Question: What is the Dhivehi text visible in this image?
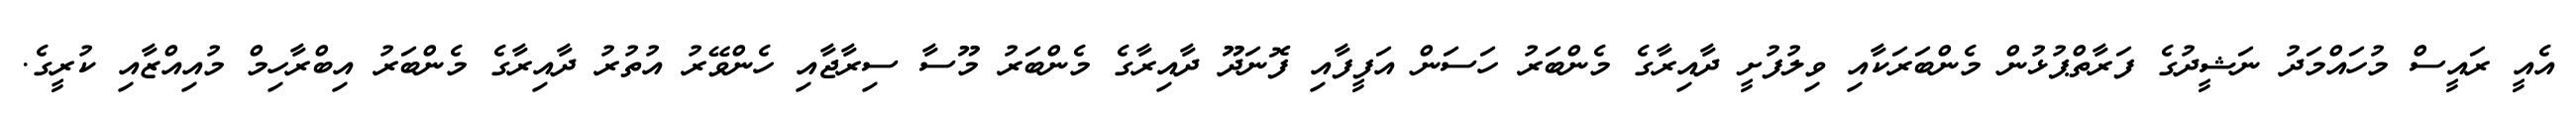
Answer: އެއީ ރައީސް މުހައްމަދު ނަޝީދުގެ ފަރާތްޕުޅުން މެންބަރަކާއި ވިލުފުށީ ދާއިރާގެ މެންބަރު ހަސަން އަފީފާއި ފޮނަދޫ ދާއިރާގެ މެންބަރު މޫސާ ސިރާޖާއި ހެންވޭރު އުތުރު ދާއިރާގެ މެންބަރު އިބްރާހިމް މުއިއްޒާއި ކުރީގެ.